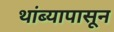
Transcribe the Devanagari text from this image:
थांब्यापासून